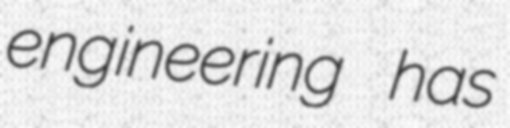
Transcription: engineering has